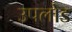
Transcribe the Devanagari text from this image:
उपलोड